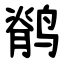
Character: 鹡